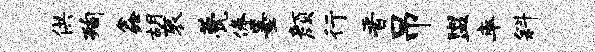
供洵鑫胡衮甍俸墨颜行晋吊盥率斜